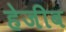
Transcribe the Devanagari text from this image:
हेजीब